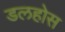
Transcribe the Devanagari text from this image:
डलहोस